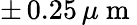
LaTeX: \pm\, 0.25\, \mu\mathrm{~m~}